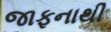
જાફનાથી